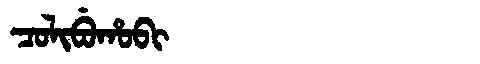
Manchu: ᠴᠣᠯᡳᠪᡠᡥᠣᠪᡳ
Romanization: COLIBUHOBI